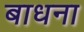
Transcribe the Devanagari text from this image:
बाधना